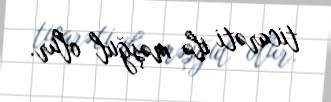
ticarəti ilə məşğul olur.